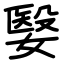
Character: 嫛